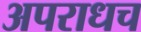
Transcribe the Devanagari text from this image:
अपराधच